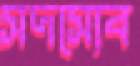
সদস্যেব